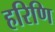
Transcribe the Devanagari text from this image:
हरिणि